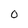
Character: O